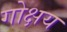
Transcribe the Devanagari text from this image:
गोक्षय